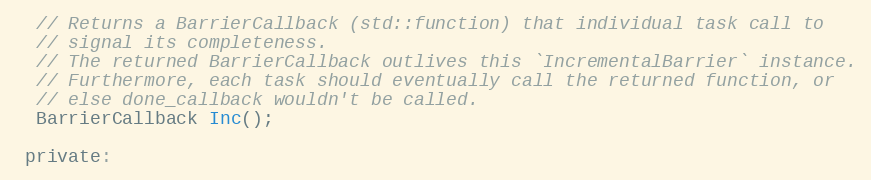
Language: C
  // Returns a BarrierCallback (std::function) that individual task call to
  // signal its completeness.
  // The returned BarrierCallback outlives this `IncrementalBarrier` instance.
  // Furthermore, each task should eventually call the returned function, or
  // else done_callback wouldn't be called.
  BarrierCallback Inc();

 private: